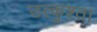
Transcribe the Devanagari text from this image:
उत्कुश्ता